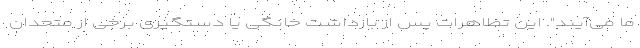
ما می‌آیند". این تظاهرات پس از بازداشت خانگی یا دستگیری برخی از متحدان